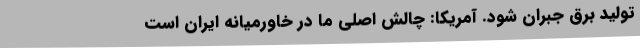
تولید برق جبران شود. آمریکا: چالش اصلی ما در خاورمیانه ایران است